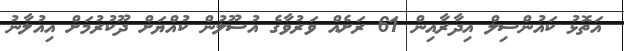
އަތޮޅު ކައުންސިލް އިދާރާއިން 61 ރަށެއް ވަރުވާގެ އުސޫލުން ކުއްޔަށް ދޫކުރުމަށް އިއުލާނު